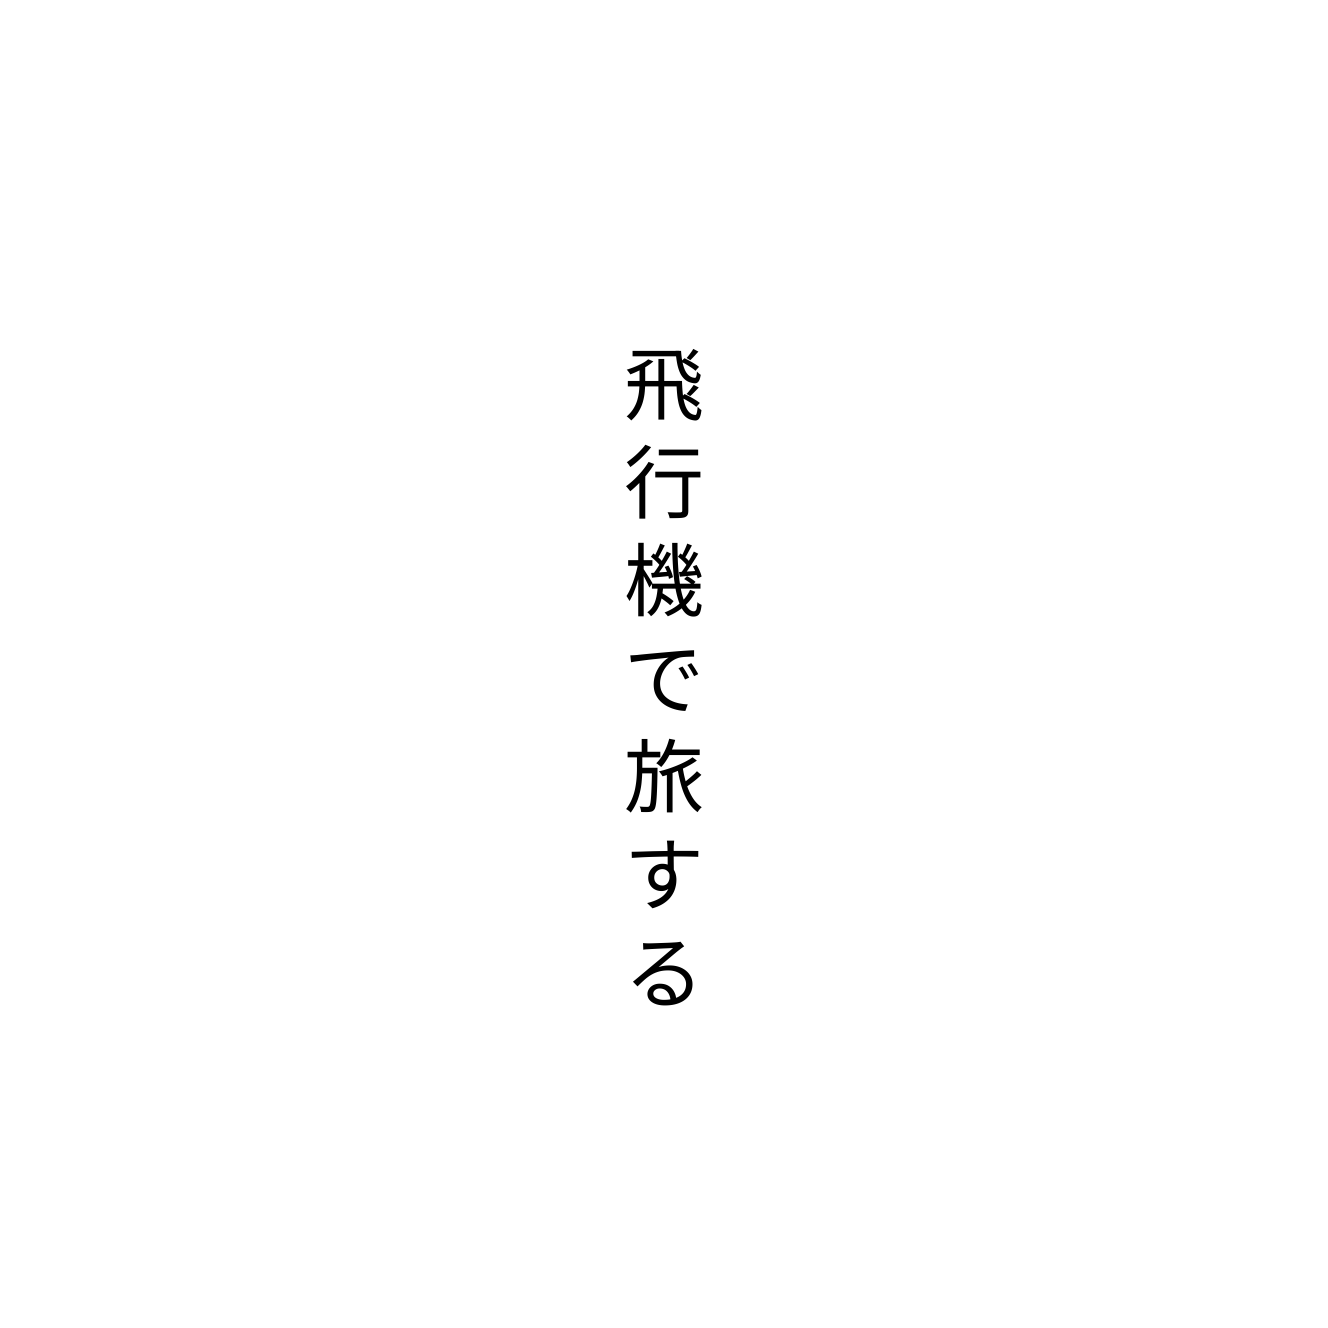
飛行機で旅する